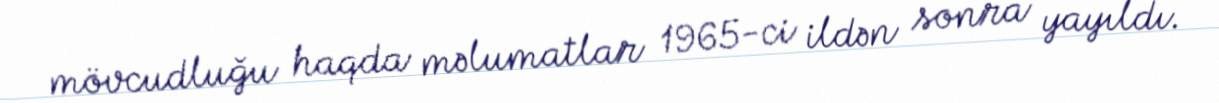
mövcudluğu haqda məlumatlar 1965-ci ildən sonra yayıldı.